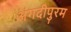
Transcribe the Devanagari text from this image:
अंगदीपुरम